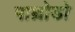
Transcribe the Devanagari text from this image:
पाथ्रोडो